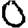
Digit: 0